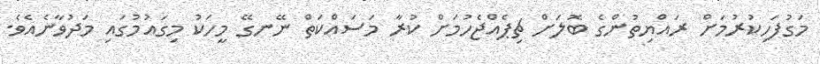
މަގުފަހިކުރުމަށް ރައްޔިތުންގެ ބޮލަށް ޗިޕެއްޖެހުމަށް ކުރާ މަސައްކަތް ނޭނގޭ މީހަކު މިގައުމުގައި މަދުވާނެއެވެ.